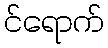
င်ရောက်